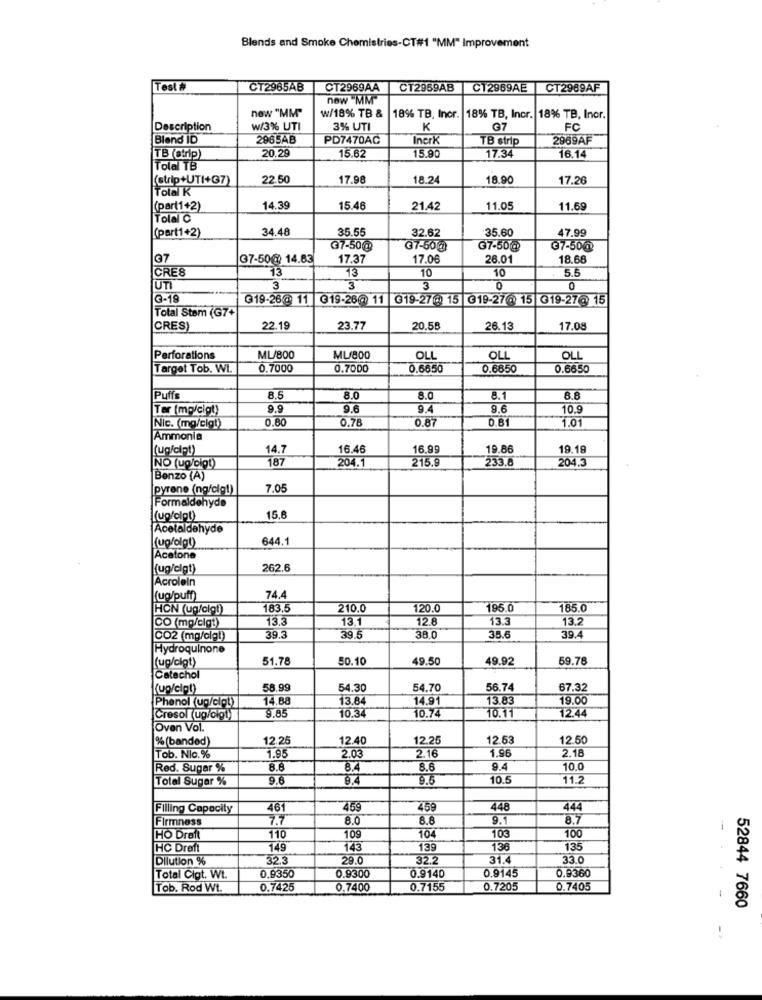
Blends and Smoke Chemistries-CT#1 "MM" Improvement
Test #
CT2965AB
CT2969AA
CT2959AB
C12969AE
CT2969AF
new "MM"
now "MM"
W/18% TB &
18% TB, Incr. 18% TB, Incr. 18% TB, Inor.
Description
W/3% UTI
3% UTI
K
G7
FC
Blend ID
2965AB
PD7470AC
Incrk
TB strip
2969AF
15.62
TB (Ctrip)
20.29
15.90
17.34
16.14
Tolal TB
(strip+UTI+G7)
22.50
17.98
18.24
18.90
17.26
Total K
(par(1+2)
14.39
15.46
21.42
11.05
11.6
Tolal C
(part1+2)
34.48
35.55
32.62
35.60
47.99
@7-50@
37-50g)
G7-50@
G7-50@
197
37-50@ 14.83
17.37
17.06
26.01
18.68
CRES
13
10
10
5.5
UTI
3
3
3
0
3-19
G19-26@ 11
G19-26@ 11 G19-27(8) 15 319-270 15 019-27@ 15
Total Stem (G7+
CRES)
22.19
23.77
20.58
26.13
17.08
Perforations
ML/800
MU/800
OLL
OLL
OLL
Target Tob. WI.
0.7000
0.7000
0.6650
0.6850
0.6650
Puff's
8.5
8.0
8.1
8.8
Ter (mp/cigt)
9.9
9.6
9.4
9.6
10.9
0.80
0.78
0.87
0.81
1.01
Nic. (mg/cigt)
Ammonia
14.7
16.46
16.99
19.86
19.18
187
204.1
215.6
233.6
204.3
NO (ug/oigt)
Benzo (A)
pyrene (ng/cig!)
7.05
Formaldehyde
(upfolgt)
15,6
Acetaldehyde
(ug/olgt)
644.1
Acetone
[(ug/cigt)
262.6
Acrolein
(ug/puff)
74.4
HON (ug/cigt)
183.
210.0
120.0
195.0
185.0
13.3
13.1
12.8
13.3
13.2
CO (mg/cigt)
39.3
CO2 (mg/clgi)
39.5
38.0
35.6
39.
Hydroquinone
(ug/cigt)
51.78
50.10
49.50
49.92
59.78
Catechol
(ug/cipt)
58.99
54.30
54.70
56.74
67.32
14.88
13.64
14.91
13.83
19.00
Phenol (ug/cigt)
9.85
12.44
Cresol (ug/Gigt)
10.34
10.74
10.11
Oven Vol.
%(banded)
12.25
12.40
12.25
12.63
12.50
Tob. Nic. %
1.95
1.96
2.03
2.16
2.18
Red. Sugar %
8.6
8.4
8.6
9.4
10.0
Total Sugar %
9.6
8.4
9.5
10.5
11.2
Filling Capacity
461
459
459
448
444
Firmness
7.7
8.0
8.8
9.1
8.7
105
100
HO Draft
110
109
104
HC Dreft
149
143
139
138
135
Dilution %
32.3
29.0
32.2
31.4
33.0
0.9145
0.9360
Total Cigt. Wt.
0.9350
0.9300
0.9140
Tob. Rod Wt.
0.7425
0.7400
0.7155
0.7205
0.7405
-
52844 7660